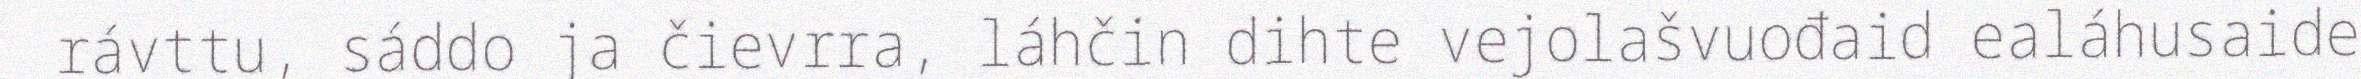
rávttu, sáddo ja čievrra, láhčin dihte vejolašvuođaid ealáhusaide